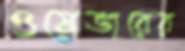
ওয়েভারের